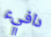
دافيء